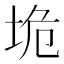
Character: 垝